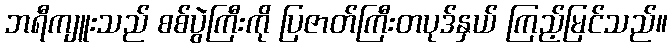
ဘရီကျူးသည် စစ်ပွဲကြီးကို ပြဇာတ်ကြီးတပုဒ်နှယ် ကြည့်မြင်သည်။